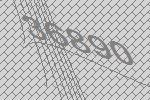
36890